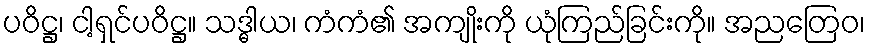
ပဝိဋ္ဌ၊ ငါ့ရှင်ပဝိဋ္ဌ။ သဒ္ဓါယ၊ ကံကံ၏ အကျိုးကို ယုံကြည်ခြင်းကို။ အညတြေဝ၊